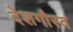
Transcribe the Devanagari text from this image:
देशगौरव